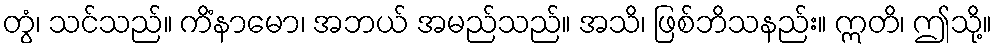
တွံ၊ သင်သည်။ ကိံနာမော၊ အဘယ် အမည်သည်။ အသိ၊ ဖြစ်ဘိသနည်း။ ဣတိ၊ ဤသို့။